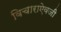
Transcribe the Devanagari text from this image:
विचाराऐवजी